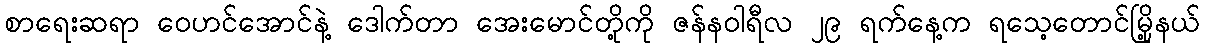
စာရေးဆရာ ဝေဟင်အောင်နဲ့ ဒေါက်တာ အေးမောင်တို့ကို ဇန်နဝါရီလ ၂၉ ရက်နေ့က ရသေ့တောင်မြို့နယ်